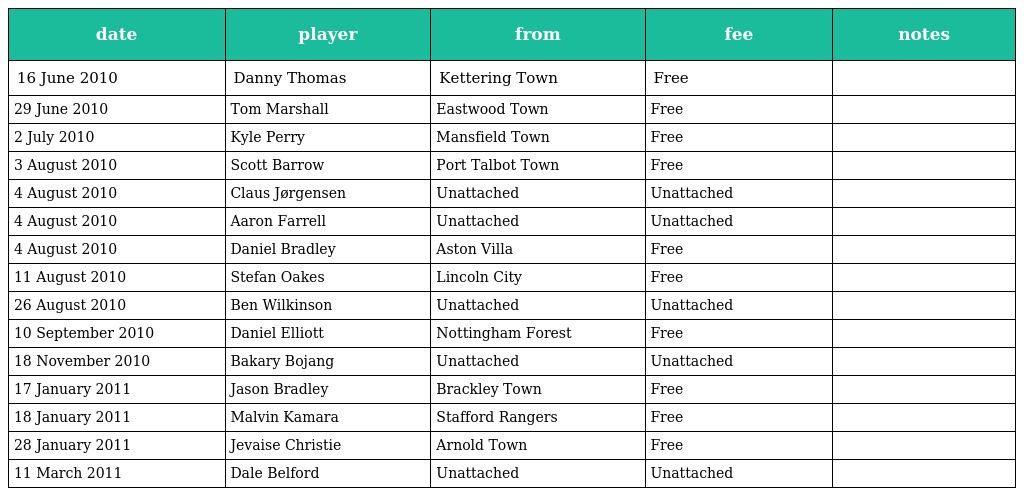
| date | player | from | fee | notes |
 | --- | --- | --- | --- | --- |
 | 16 June 2010 | Danny Thomas | Kettering Town | Free |  |
 | 29 June 2010 | Tom Marshall | Eastwood Town | Free |  |
 | 2 July 2010 | Kyle Perry | Mansfield Town | Free |  |
 | 3 August 2010 | Scott Barrow | Port Talbot Town | Free |  |
 | 4 August 2010 | Claus Jørgensen | Unattached | Unattached |  |
 | 4 August 2010 | Aaron Farrell | Unattached | Unattached |  |
 | 4 August 2010 | Daniel Bradley | Aston Villa | Free |  |
 | 11 August 2010 | Stefan Oakes | Lincoln City | Free |  |
 | 26 August 2010 | Ben Wilkinson | Unattached | Unattached |  |
 | 10 September 2010 | Daniel Elliott | Nottingham Forest | Free |  |
 | 18 November 2010 | Bakary Bojang | Unattached | Unattached |  |
 | 17 January 2011 | Jason Bradley | Brackley Town | Free |  |
 | 18 January 2011 | Malvin Kamara | Stafford Rangers | Free |  |
 | 28 January 2011 | Jevaise Christie | Arnold Town | Free |  |
 | 11 March 2011 | Dale Belford | Unattached | Unattached |  |